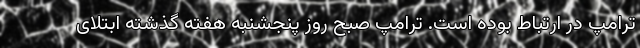
ترامپ در ارتباط بوده است. ترامپ صبح روز پنجشنبه هفته گذشته ابتلای